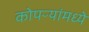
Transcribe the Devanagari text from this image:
कोपऱ्यांमध्ये